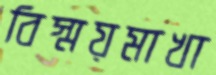
বিস্ময়মাখা